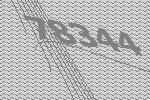
78344